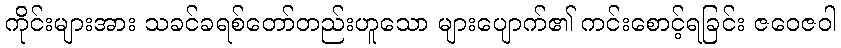
ကိုင်းများအား သခင်ခရစ်တော်တည်းဟူသော များပျောက်၏ ကင်းစောင့်ရခြင်း ဇဝေဇဝါ